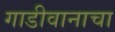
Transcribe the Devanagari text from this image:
गाडीवानाचा